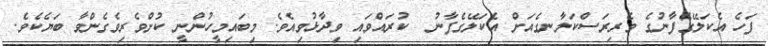
ފަހެ އެކަލޭގެފާނުގެ ވެރިރަސްކަލާނގެއަށް އެކަލޭގެފާނު  ކުރައްވައި ވިދާޅުވިއެވެ. މިބައިމީހުންނީ ކުށްވެރިވެގެންވާ ބަޔެކެވެ.